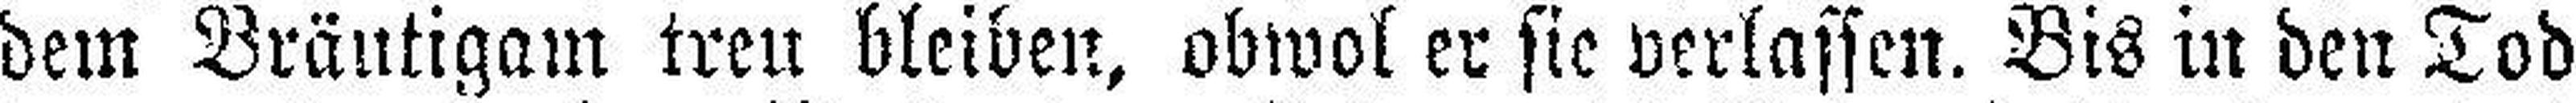
dem Bräutigam treu bleiben, obwol er sie verlassen. Bis in den Tod